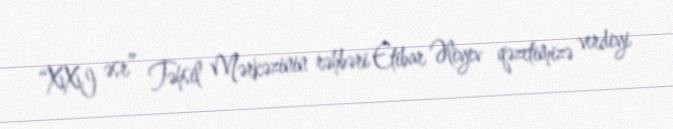
“XXI əsr” Təhsil Mərkəzinin rəhbəri Etibar Əliyev qəzetimizə verdiyi